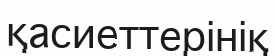
қасиеттерініқ